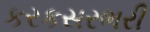
કરકસરભરી